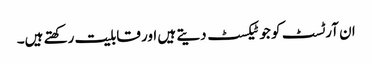
ان آرٹسٹ کو جو ٹیکسٹ دیتے ہیں اور قابلیت رکھتے ہیں۔